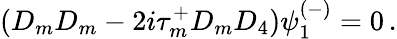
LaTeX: (D_{m}D_{m}-2i\tau_{m}^{+}D_{m}D_{4})\psi_{1}^{(-)}=0\, .